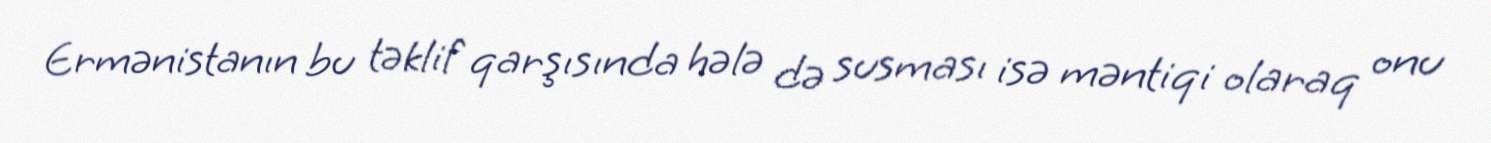
Ermənistanın bu təklif qarşısında hələ də susması isə məntiqi olaraq onu